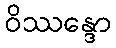
ဝိဿန္ဒော